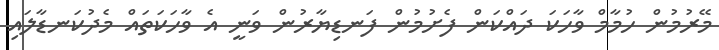
މޭރުމުން ހުމާމް ވާހަކަ ދައްކަން ފެށުމުން ފަނޑިޔާރުން ވަނީ އެ ވާހަކަތައް މެދުކަނޑާލައި